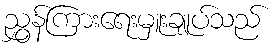
ညွှန်ကြားရေးမှူးချုပ်သည်